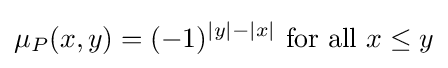
\mu _{P}(x,y)=(-1)^{|y|-|x|}{\text{ for all }}x\leq y